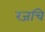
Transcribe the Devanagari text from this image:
रजचि